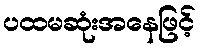
ပထမဆုံးအနေဖြင့်